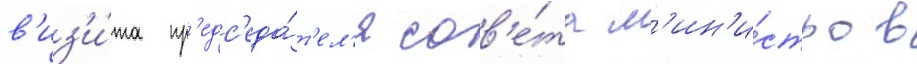
в'из'и́та пр'едс'еда́т'ел'я сов'е́та м'ин'и́стров